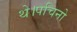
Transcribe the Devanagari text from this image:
थे।पचिनो